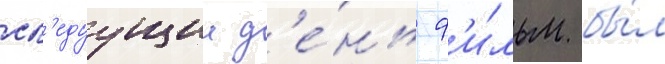
сл'едуущии д'е́нь ф'и́льм бы́л